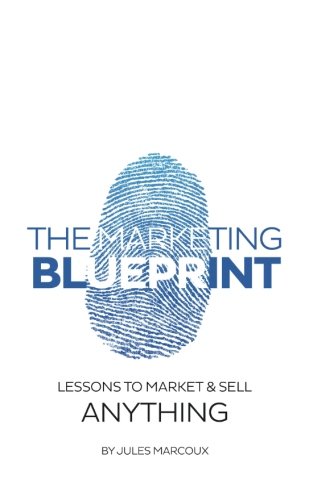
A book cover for The Marketing Blueprint: Lessons to Market & Sell Anything; Jules Marcoux; Business & Money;